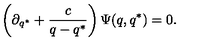
\left( \partial _ { q ^ { * } } + \frac { c } { q - q ^ { * } } \right) \Psi ( q , q ^ { * } ) = 0 .